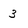
Character: 3